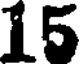
15